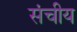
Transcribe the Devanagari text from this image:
संचीय